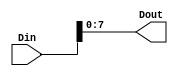
module RAT_xlslice_0_1
   (Din,
    Dout);
  input [9:0]Din;
  output [7:0]Dout;

  wire [9:0]Din;

  assign Dout[7:0] = Din[7:0];
endmodule